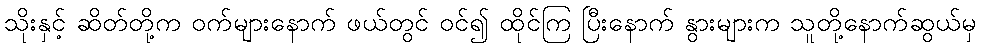
သိုးနှင့် ဆိတ်တို့က ဝက်များနောက် ဖယ်တွင် ဝင်၍ ထိုင်ကြ ပြီးနောက် နွားများက သူတို့နောက်ဆွယ်မှ